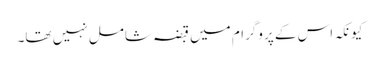
کیونکہ اس کے پروگرام میں قبضہ شامل نہیں تھا۔